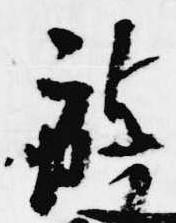
被